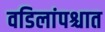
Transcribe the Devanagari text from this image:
वडिलांपश्चात